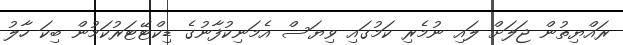
ރައްޔިތުން ޖަލަށް ލައި ނުމެރި ކަމުގައި ވިޔަސް އެމަނިކުފާނުގެ ޑިކްޓޭޓަރުކަމުން ބިކަ ހާލު